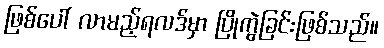
ဖြစ်ပေါ် လာမည့်ရလဒ်မှာ ပြိုကွဲခြင်းဖြစ်သည်။